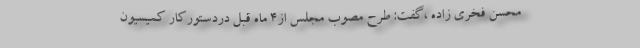
محسن فخری زاده ،گفت: طرح مصوب مجلس از۴ ماه قبل دردستورکار کمیسیون